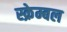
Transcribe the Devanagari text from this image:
स्क्रेम्बल